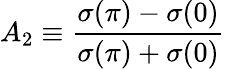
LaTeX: A_{2}\equiv{\frac{\sigma(\pi)-\sigma(0)}{\sigma(\pi)+\sigma(0)}}